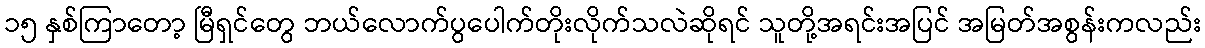
၁၅ နှစ်ကြာတော့ မြီရှင်တွေ ဘယ်လောက်ပွပေါက်တိုးလိုက်သလဲဆိုရင် သူတို့အရင်းအပြင် အမြတ်အစွန်းကလည်း